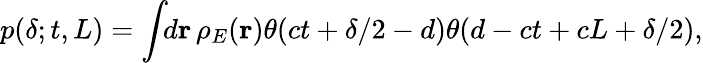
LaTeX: p(\delta;t,L)=\int\! \! d\mathbf{r}\, \rho_{E}(\mathbf{r})\theta(ct+\delta/2-d)\theta(d-ct+cL+\delta/2),